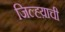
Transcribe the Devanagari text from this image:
जिल्ह्य़ाची